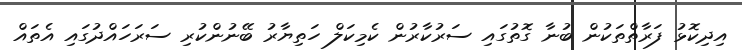
އިދިކޮޅު ފަރާތްތަކުން ބުނާ ގޮތުގައި ސަރުކާރުން ކެމިކަލް ހަތިޔާރު ބޭނުންކުރި ސަރަހައްދުގައި އެތައް